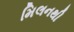
મિલનથી